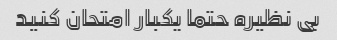
بی نظیره حتما یکبار امتحان کنید